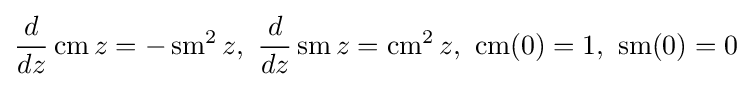
{\frac {d}{dz}}\operatorname {cm} z=-\operatorname {sm} ^{2}z,\ {\frac {d}{dz}}\operatorname {sm} z=\operatorname {cm} ^{2}z,\ \operatorname {cm} (0)=1,\ \operatorname {sm} (0)=0